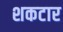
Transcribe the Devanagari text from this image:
शकटार